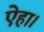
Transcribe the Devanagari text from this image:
ऐहा।